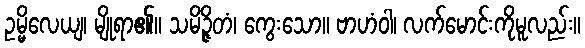
ဥမ္မိလေယျ၊ မျိုရာ၏။ သမိဉ္ဇိတံ၊ ကွေးသော။ ဗာဟံဝါ၊ လက်မောင်းကိုမူလည်း။